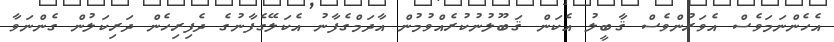
އެހެންނަމަވެސް އެވަރުންވެސް ޤާބީލު އެކަން ޤަބޫލުނުކުރެއްވުމުން އާދަމްގެފާނު އެކަލޭގެފާނުގެ ދެފިރިހެން ދަރިކަލުން ގެންނަވާ